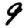
Digit: 9